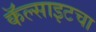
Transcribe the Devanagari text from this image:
कॅल्साइटचा